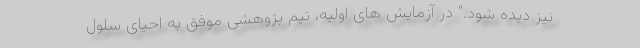
نیز دیده شود." در آزمایش های اولیه، تیم پژوهشی موفق به احیای سلول